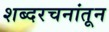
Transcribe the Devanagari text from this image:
शब्दरचनांतून